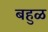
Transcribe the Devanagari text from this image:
बहुळ